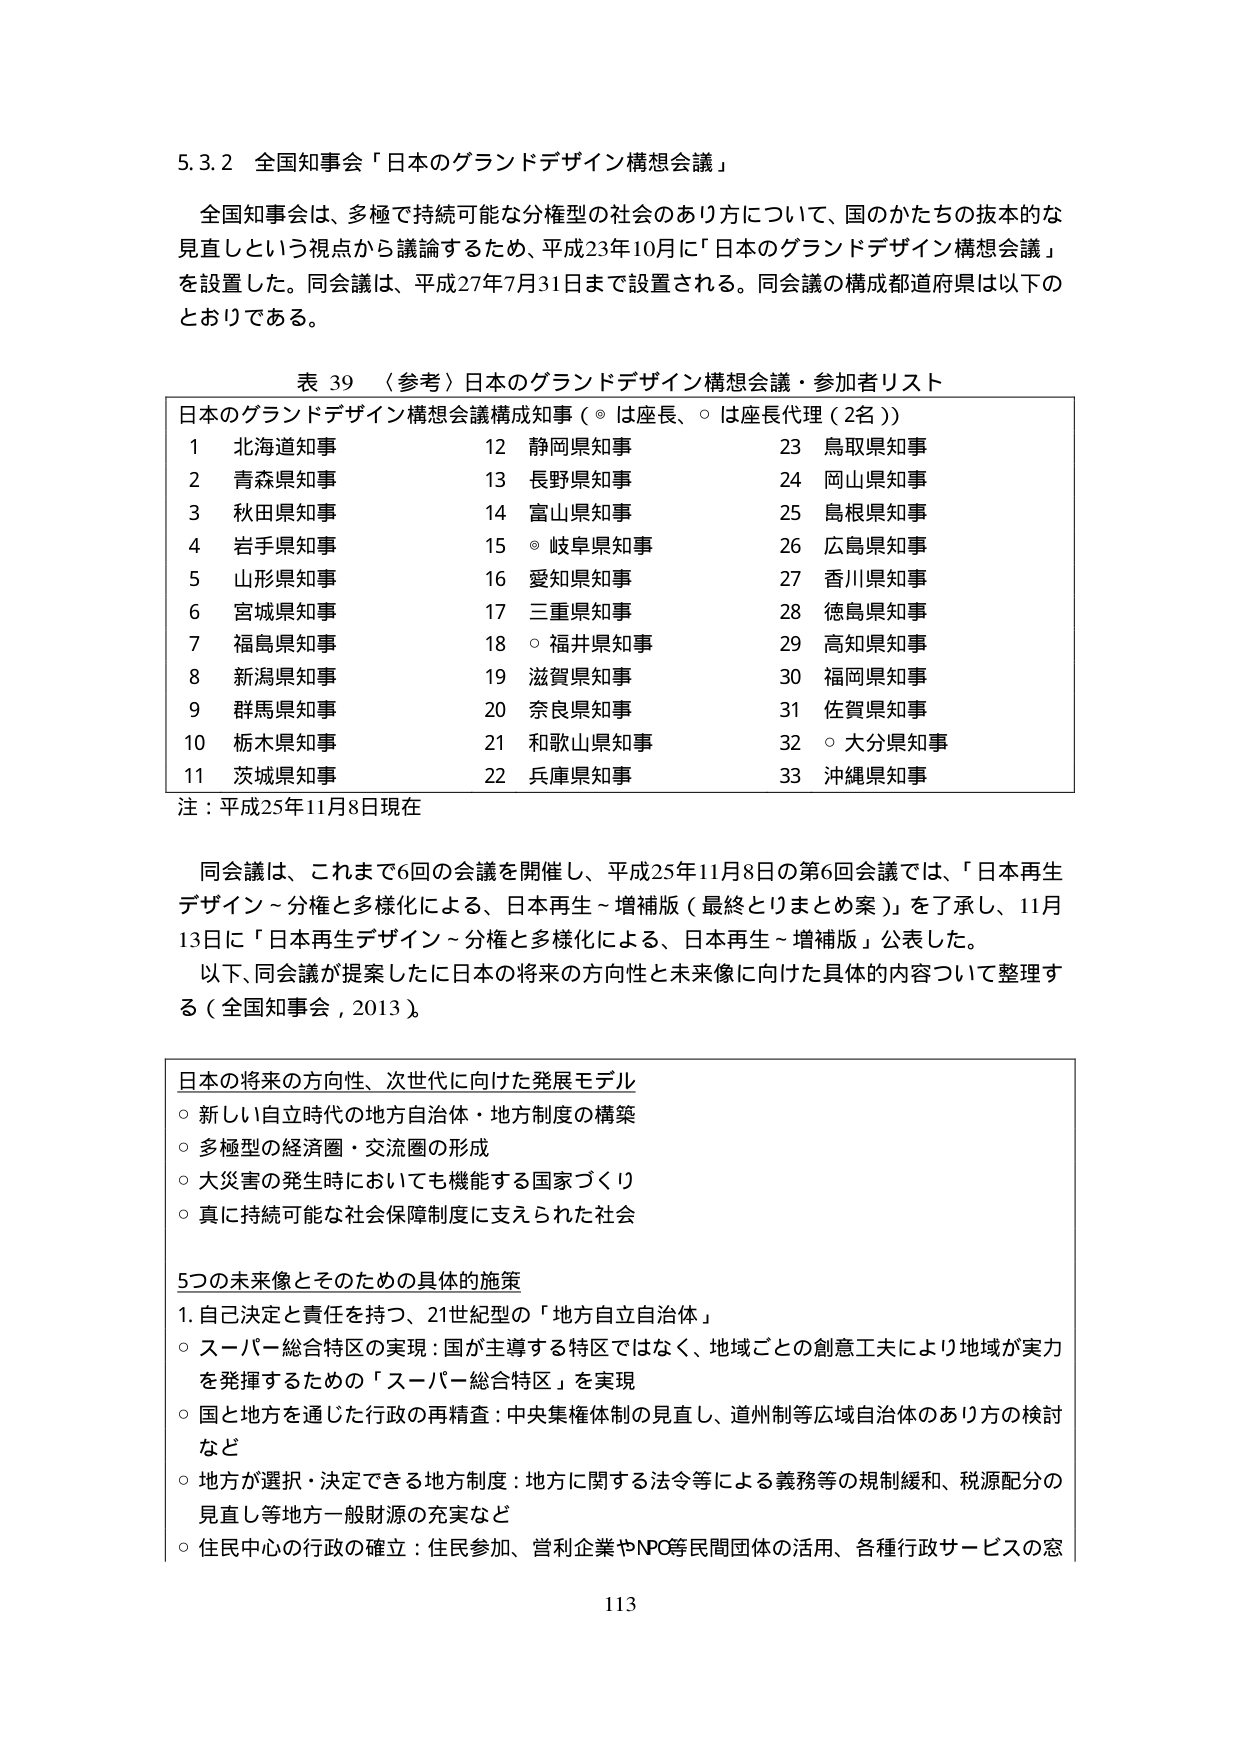
5.3.2 全国知事会「日本のグランドデザイン構想会議」

全国知事会は、多極で持続可能な分権型の社会のあり方について、国のかたちの抜本的な見直しという視点から議論するため、平成23年10月に「日本のグランドデザイン構想会議」を設置した。同会議は、平成27年7月31日まで設置される。同会議の構成都道府県は以下のとおりである。

表 39 〈参考〉日本のグランドデザイン構想会議・参加者リスト

日本のグランドデザイン構想会議構成知事（◎は座長、○は座長代理（2名））
1 北海道知事　　　　　　　12 静岡県知事　　　　　　　23 鳥取県知事
2 青森県知事　　　　　　　13 長野県知事　　　　　　　24 岡山県知事
3 秋田県知事　　　　　　　14 富山県知事　　　　　　　25 島根県知事
4 岩手県知事　　　　　　　15 ◎ 岐阜県知事　　　　　　26 広島県知事
5 山形県知事　　　　　　　16 愛知県知事　　　　　　　27 香川県知事
6 宮城県知事　　　　　　　17 三重県知事　　　　　　　28 徳島県知事
7 福島県知事　　　　　　　18 ○ 福井県知事　　　　　　29 高知県知事
8 新潟県知事　　　　　　　19 滋賀県知事　　　　　　　30 福岡県知事
9 群馬県知事　　　　　　　20 奈良県知事　　　　　　　31 佐賀県知事
10 栃木県知事　　　　　　　21 和歌山県知事　　　　　　32 ○ 大分県知事
11 茨城県知事　　　　　　　22 兵庫県知事　　　　　　　33 沖縄県知事

注：平成25年11月8日現在

同会議は、これまで6回の会議を開催し、平成25年11月8日の第6回会議では、「日本再生デザイン～分権と多様化による、日本再生～増補版（最終とりまとめ案）」を了承し、11月13日に「日本再生デザイン～分権と多様化による、日本再生～増補版」公表した。

以下、同会議が提案したに日本の将来の方向性と未来像に向けた具体的内容について整理する（全国知事会，2013）。

日本の将来の方向性、次世代に向けた発展モデル
○ 新しい自立時代の地方自治体・地方制度の構築
○ 多極型の経済圏・交流圏の形成
○ 大災害の発生時においても機能する国家づくり
○ 真に持続可能な社会保障制度に支えられた社会

5つの未来像とそのための具体的施策
1. 自己決定と責任を持つ、21世紀型の「地方自立自治体」
○ スーパー総合特区の実現：国が主導する特区ではなく、地域ごとの創意工夫により地域が実力を発揮するための「スーパー総合特区」を実現
○ 国と地方を通じた行政の再精査：中央集権体制の見直し、道州制等広域自治体のあり方の検討など
○ 地方が選択・決定できる地方制度：地方に関する法令等による義務等の規制緩和、税源配分の見直し等地方一般財源の充実など
○ 住民中心の行政の確立：住民参加、営利企業やNPO等民間団体の活用、各種行政サービスの窓

113